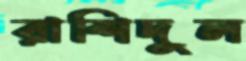
রাশিদুল